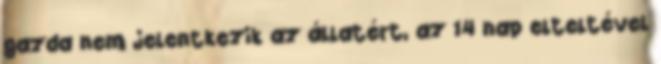
gazda nem jelentkezik az állatért, az 14 nap elteltével